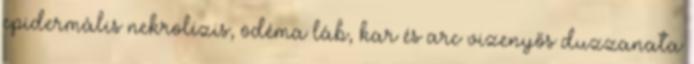
epidermális nekrolízis, ödéma láb, kar és arc vizenyős duzzanata